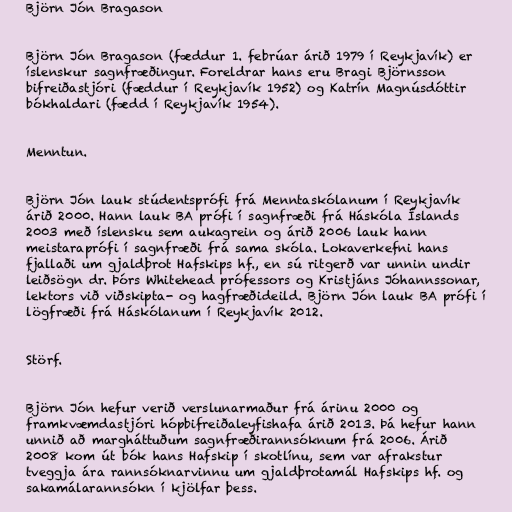
Björn Jón Bragason

Björn Jón Bragason (fæddur 1. febrúar árið 1979 í Reykjavík) er
íslenskur sagnfræðingur. Foreldrar hans eru Bragi Björnsson
bifreiðastjóri (fæddur í Reykjavík 1952) og Katrín Magnúsdóttir
bókhaldari (fædd í Reykjavík 1954).

Menntun.

Björn Jón lauk stúdentsprófi frá Menntaskólanum í Reykjavík
árið 2000. Hann lauk BA prófi í sagnfræði frá Háskóla Íslands
2003 með íslensku sem aukagrein og árið 2006 lauk hann
meistaraprófi í sagnfræði frá sama skóla. Lokaverkefni hans
fjallaði um gjaldþrot Hafskips hf., en sú ritgerð var unnin undir
leiðsögn dr. Þórs Whitehead prófessors og Kristjáns Jóhannssonar,
lektors við viðskipta- og hagfræðideild. Björn Jón lauk BA prófi í
lögfræði frá Háskólanum í Reykjavík 2012.

Störf.

Björn Jón hefur verið verslunarmaður frá árinu 2000 og
framkvæmdastjóri hópbifreiðaleyfishafa árið 2013. Þá hefur hann
unnið að margháttuðum sagnfræðirannsóknum frá 2006. Árið
2008 kom út bók hans Hafskip í skotlínu, sem var afrakstur
tveggja ára rannsóknarvinnu um gjaldþrotamál Hafskips hf. og
sakamálarannsókn í kjölfar þess.